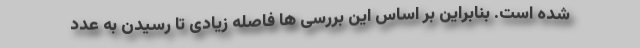
شده است. بنابراین بر اساس این بررسی ها فاصله زیادی تا رسیدن به عدد